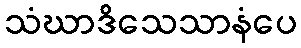
သံဃာဒိသေသာနံပေ